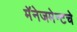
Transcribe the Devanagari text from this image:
मॅनेजमेन्टचे